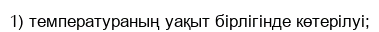
1) температураның уақыт бірлігінде көтерілуі;